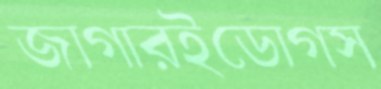
জাগারইডোগস